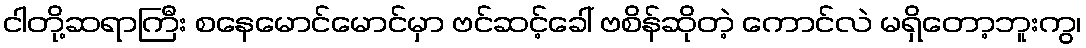
ငါတို့ဆရာကြီး စနေမောင်မောင်မှာ ဗင်ဆင့်ခေါ် ဗစိန်ဆိုတဲ့ ကောင်လဲ မရှိတော့ဘူးကွ၊